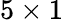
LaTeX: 5\times 1